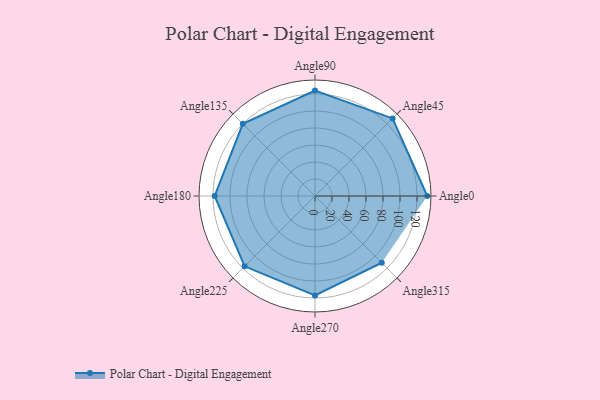
{"axis": {"x": "Angle", "y": "Radius"}, "legend": [""], "data": [{"x": "Angle0", "y": 132.0, "type": ""}, {"x": "Angle45", "y": 129.0, "type": ""}, {"x": "Angle90", "y": 124.0, "type": ""}, {"x": "Angle135", "y": 120.0, "type": ""}, {"x": "Angle180", "y": 118.0, "type": ""}, {"x": "Angle225", "y": 117.0, "type": ""}, {"x": "Angle270", "y": 117.0, "type": ""}, {"x": "Angle315", "y": 111.0, "type": ""}]}